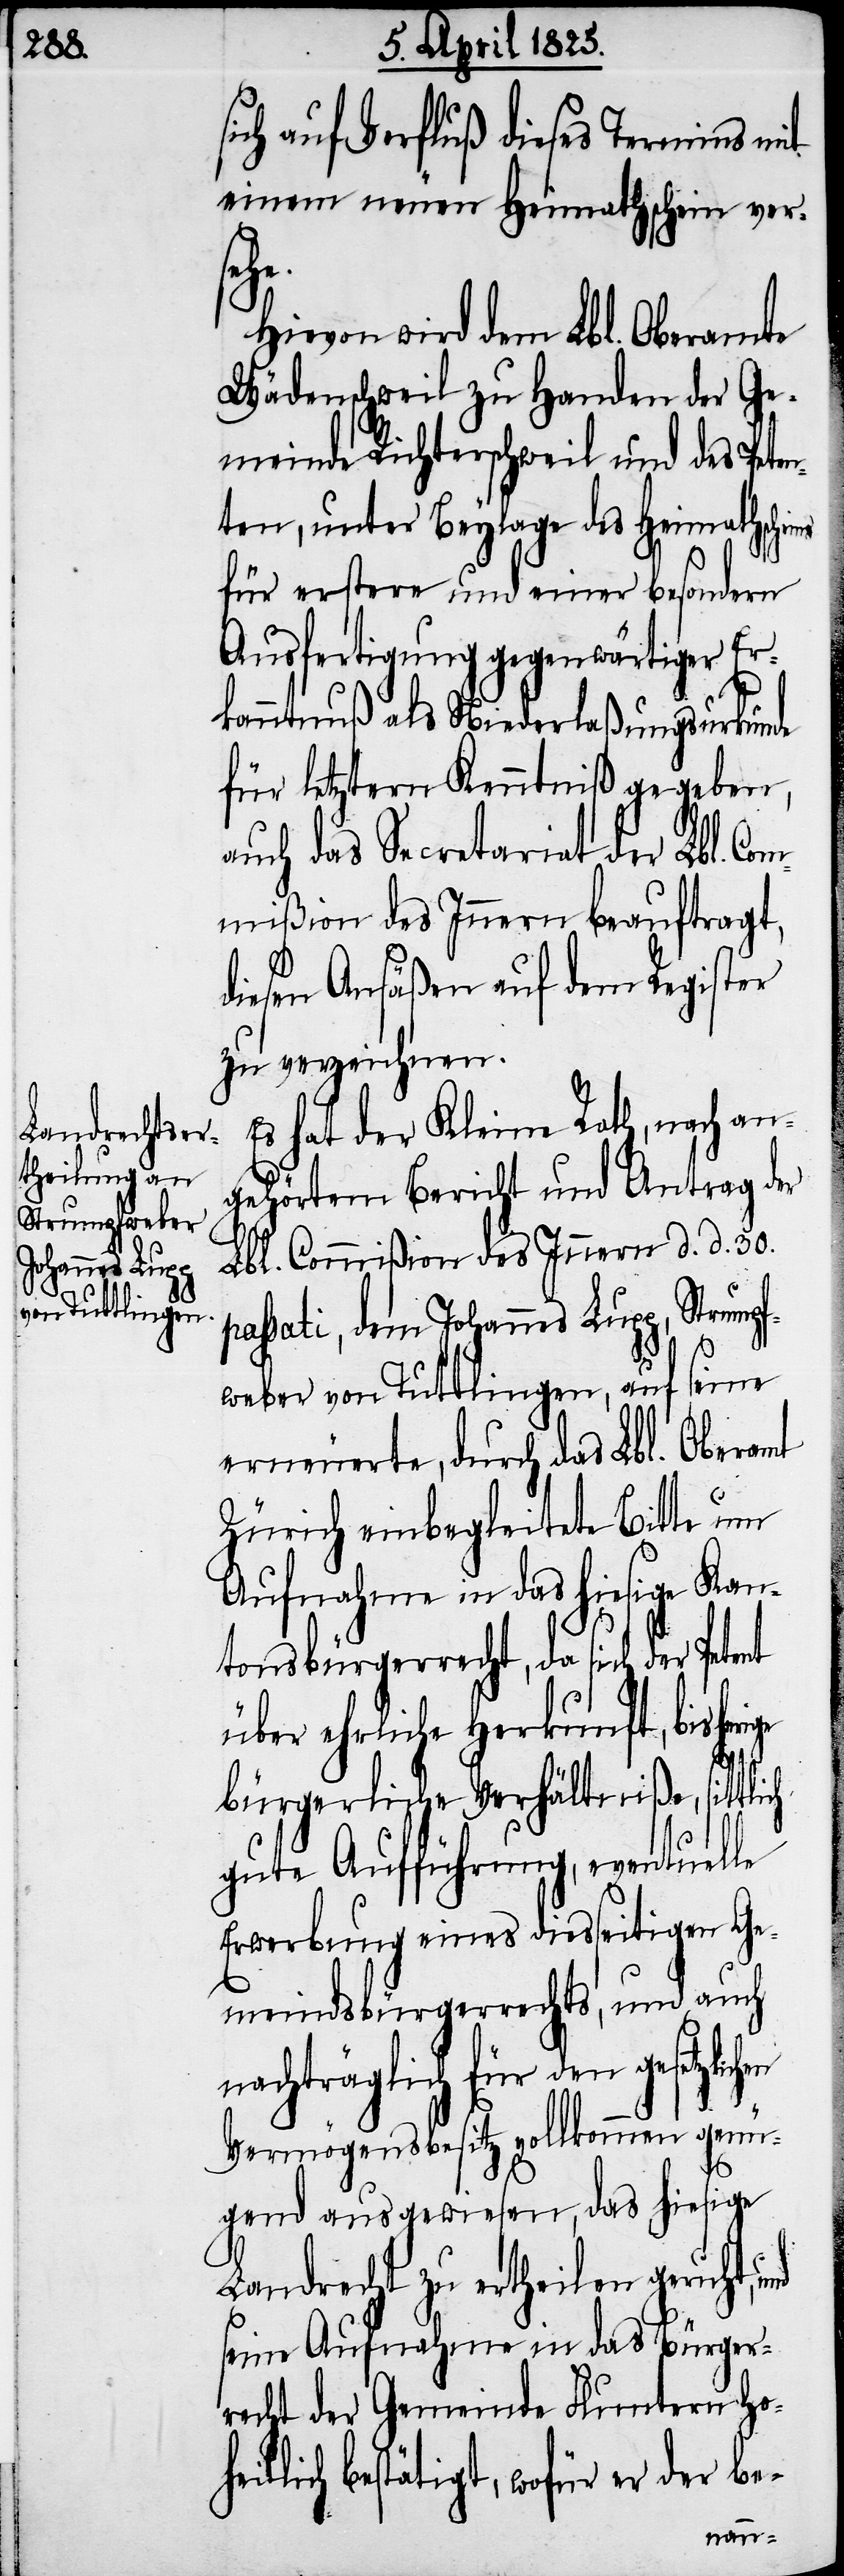
upp,

sich auf Verfluß dieses Termins mit
einem neuen Heimathschein vers¬
chen
Hievon wird dem Lbl. Oberamte
Wädenschweil zu Handen der Ge¬
meinde Richterschweil und des Pete¬
nten, unter Beylage des Heimathsch¬
für erstere und einer besondern
Ausfertigung gegenwärtiger Er¬
kanntnuß als Niederlaßungsurkunde
für letztern Kenntniß gegeben,
auch das Secretariat der Lbl. Co¬
mmißion des Innern beauftragt,
diesen Ansäßen auf dem Register
zu verzeichnen.
Es hat der Kleine Rath, nach an¬
gehörtem Bericht und Antrag der
Lbl. Commißion des Innern d. d. 30.
Strump¬
passati, dem Johannes L¬
seine
fweber von Tuttlingen, auf
erneuerte, durch das Lbl. Oberamt
Zürich einbegleitete Bitte um
Kan¬
Aufnahme in das hiesige
tonsbürgerrecht, da sich der Petent
über ehrliche Herkun¬
bürgerliche Verhältniße, sittl¬
gute Aufführung, eventuelle
Erwerbung eines diesseitigen Ge¬
meindsbürgerrechts, und auch
nachträglich für den gesetzli¬
Vermögensbesitz vollkommen genü¬
gend ausgewiesen, das hiesige
Landrecht zu ertheilen geruht,
seine Aufnahme in das Bürger¬
recht der Gemeinde Fluntern hoh¬
eitlich bestätigt, wofür er der be-